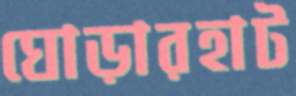
ঘোড়ারহাট